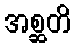
အစ္ဆတိ